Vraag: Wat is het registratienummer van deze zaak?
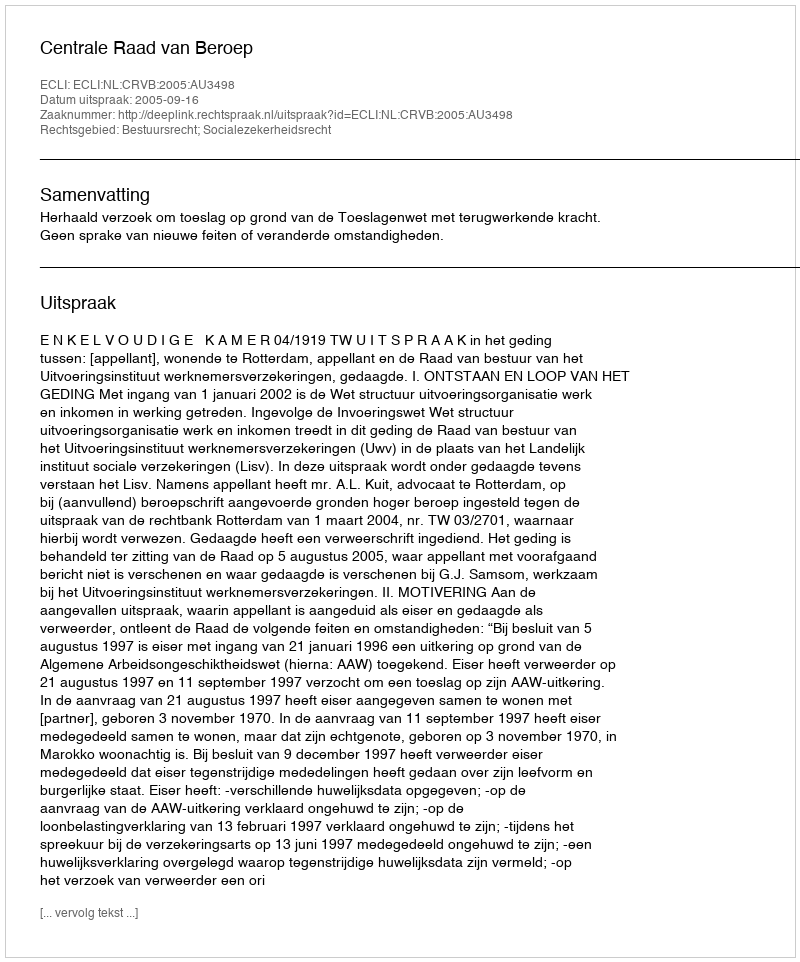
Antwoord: http://deeplink.rechtspraak.nl/uitspraak?id=ECLI:NL:CRVB:2005:AU3498